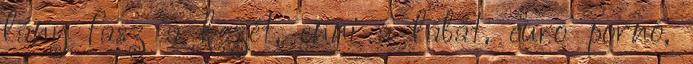
lány fasz a kezét, enni a lábát, euro pornó,